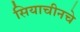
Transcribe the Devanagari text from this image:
सियाचीनचे